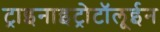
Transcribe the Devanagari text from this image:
ट्राइनाइट्रोटॉलूईन